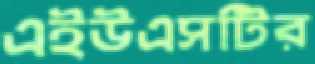
এইউএসটির